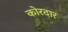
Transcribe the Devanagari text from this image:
कोरदार